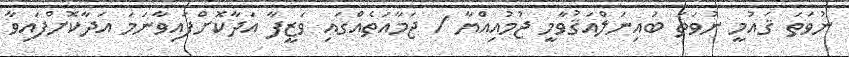
ނުވަތަ ޤައުމީ ނުވަތަ ބައިނަލްއަޤުވާމީ ޖުމުއިއްޔާ / ޖަމާއަތެއްގައި ވަޒީފާ އަދާކޮށްފައިވާނަމަ އަދާކޮށްފައިވާ